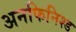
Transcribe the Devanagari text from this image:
अनफिनिश्ड